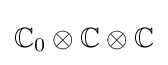
\mathbb {C} _{0}\otimes \mathbb {C} \otimes \mathbb {C}